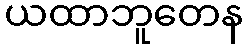
ယထာဘူတေန